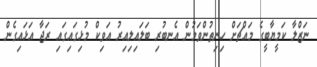
ނަޒްލާ ކަމީޔާބީގެ މައްޗަށް ހިނިތުންވަމުން އެނބުރި ބަލައިލިއިރު އަވިކް މުޅިގައިގައި ރަޖާ އަޅައިގެން